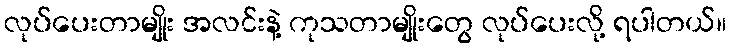
လုပ်ပေးတာမျိုး အလင်းနဲ့ ကုသတာမျိုးတွေ လုပ်ပေးလို့ ရပါတယ်။